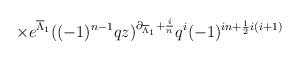
LaTeX: \begin{align*}\hspace{1.75in} \times e^{\overline{\Lambda}_1} ((-1)^{n-1}qz)^{\partial_{\overline{\Lambda}_1}+\frac{i}{n}} q^i (-1)^{in+\frac{1}{2} i(i+1)}\end{align*}